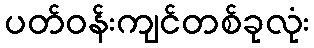
ပတ်ဝန်းကျင်တစ်ခုလုံး